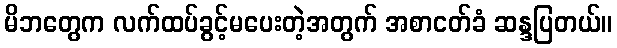
မိဘတွေက လက်ထပ်ခွင့်မပေးတဲ့အတွက် အစာငတ်ခံ ဆန္ဒပြတယ်။